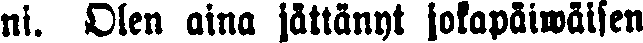
ni. Olen aina jättänyt jokapäiwäisen